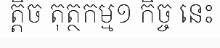
ត្តិច តុត្ថកម្ម១ កិច្ច នេះ